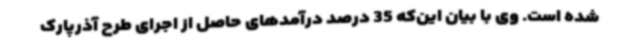
شده است. وی با بیان این‌که 35 درصد درآمدهای حاصل از اجرای طرح آذرپارک